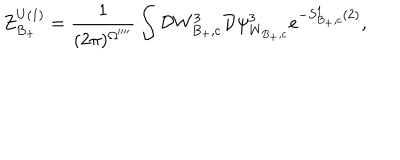
LaTeX: Z _ { B _ { + } } ^ { U ( 1 ) } = \frac { 1 } { ( 2 \pi ) ^ { \Omega ^ { \prime \prime \prime \prime } } } \int { \cal D } W _ { B _ { + } , c } ^ { 3 } { \cal D } \psi _ { W _ { B _ { + } , c } } ^ { 3 } e ^ { - S _ { B _ { + } , c } ^ { 1 } ( 2 ) } ,